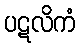
ပဋလိကံ